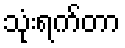
သုံးရက်တာ